Annual returns of the Patna Lunatic Asylum at Bankipore in Bihar and Orissa - 1912-1924
Year: 1912
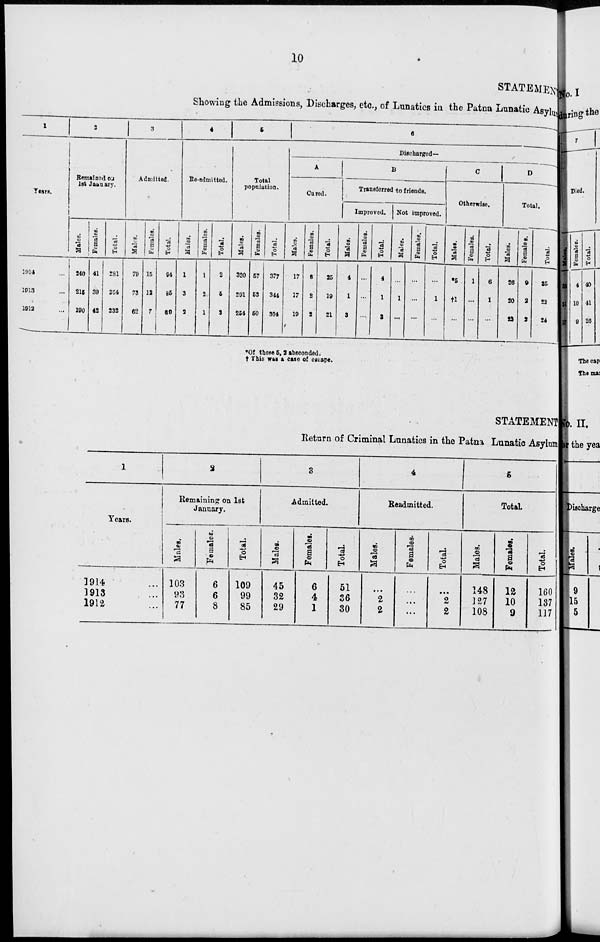
10
STATEMENT
Showing the Admissions, Discharges, etc., of Lunatics in the Patna Lunatic Asylum
1
Years.
1914 ...
1913 ...
1912 ...
2
Remained on
1st January.
Males.
240
215
190
Females.
41
39
42
Total.
281
254
232
3
Admitted.
Males.
79
73
62
Females.
15
12
7
Total.
94
85
69
4
Re-admitted.
Males.
1
3
2
Females.
1
2
1
Total.
2
5
3
5
Total
population.
Males.
320
291
254
Females.
57
53
50
Total.
377
344
304
6
Discharged—
A
Cured.
Males.
17
17
19
Females.
8
2
2
Total.
25
19
21
B
Transferred to friends.
Improved.
Males.
4
1
3
Females.
...
...
...
Total.
4
1
3
Not improved.
Mal es .
...
1
...
Femal es .
...
...
...
Total.
...
1
...
C
Otherwise.
Males.
*5
†1
...
Females.
1
...
...
Total.
6
1
...
D
Total.
Males.
26
20
22
Females.
9
2
2
Total.
35
22
24
* Of these 5, 2 absconded.
† This was a case of escape.
STATEMENT
Return of Criminal Lunatics in the Patna Lunatic Asylum
1
Years.
1914 ...
1913 ...
1912 ...
2
Remaining on 1st
January.
Males.
103
93
77
Females.
6
6
8
Total.
109
99
85
3
Admitted.
Males.
45
32
29
Females.
6
4
1
Total.
51
36
30
4
Readmitted.
Males.
...
2
2
Females.
...
...
...
Total.
...
2
2
5
Total.
Males.
148
127
108
Females.
12
10
9
Total.
160
137
117